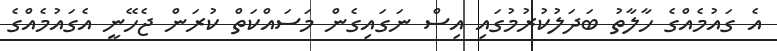
އެ ގައުމެއްގެ ހާލާތު ބަދަލުކުރުމުގައި އިސް ނަގައިގެން މަސައްކަތް ކުރަން ޖެހޭނީ އެގައުމެއްގެ